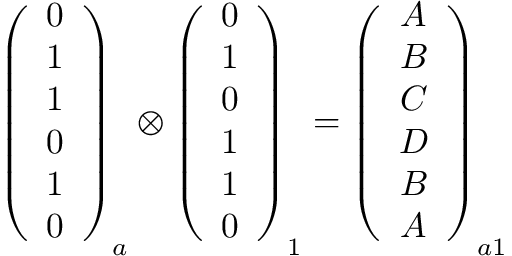
\begin{array} { r } { \left( \begin{array} { c } { 0 } \\ { 1 } \\ { 1 } \\ { 0 } \\ { 1 } \\ { 0 } \end{array} \right) _ { a } \otimes \left( \begin{array} { c } { 0 } \\ { 1 } \\ { 0 } \\ { 1 } \\ { 1 } \\ { 0 } \end{array} \right) _ { 1 } = \left( \begin{array} { c } { A } \\ { B } \\ { C } \\ { D } \\ { B } \\ { A } \end{array} \right) _ { a 1 } } \end{array}